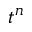
t ^ { n }